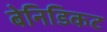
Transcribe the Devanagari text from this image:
बेनिडिकट